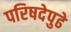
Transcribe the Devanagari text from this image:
परिषदेपुढे